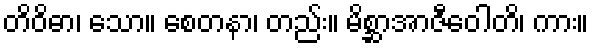
တိဝိဓာ၊ သော။ စေတနာ၊ တည်း။ မိစ္ဆာအာဇီဝေါတိ၊ ကား။